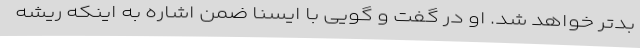
بدتر خواهد شد. او در گفت و گویی با ایسنا ضمن اشاره به اینکه ریشه